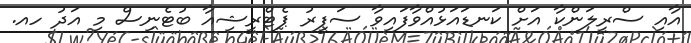
އާއިި ސްރީލަންކާ އަށް ކަނޑައަޅުއްވާފައިވާ ސަފީރު ޕެޓްރީޝިއާ ބުޓެނިސް މި އަދު ހއ.